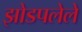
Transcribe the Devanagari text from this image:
झोडपलेले